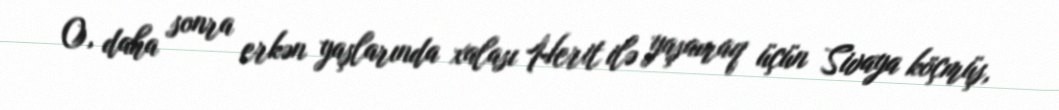
O, daha sonra erkən yaşlarında xalası Herit ilə yaşamaq üçün Sivaya köçmüş,